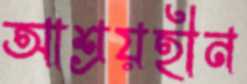
আশ্রয়হীন